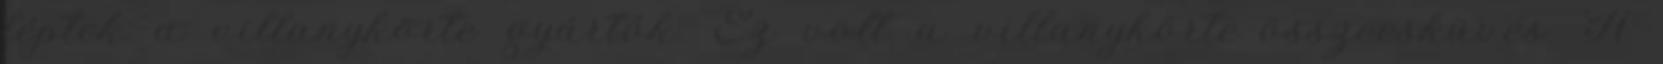
léptek a villanykörte gyártók. Ez volt a villanykörte-összeesküvés. A